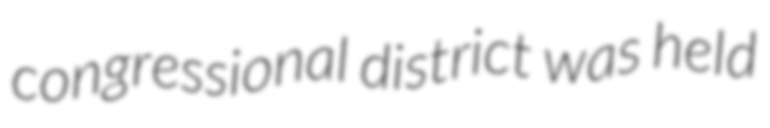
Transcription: congressional district was held